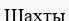
Шахты